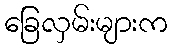
ခြေလှမ်းများက